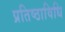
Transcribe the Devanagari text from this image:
प्रतिष्ठाविधि